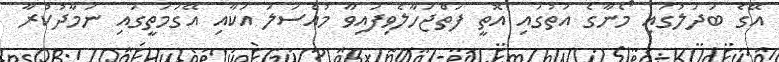
އޭގެ ބަދަލުގައި މޯނާގެ އަތުގައި އޮތީ ފަތްޖަހާލެވިފައިވާ މުއްސަލަ އަކާއި އޭގަމަތީގައި ނަމާދުކުރާ